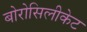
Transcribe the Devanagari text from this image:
बोरोसिलीकेट